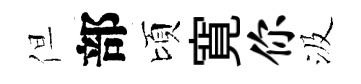
但部頃寛你汲